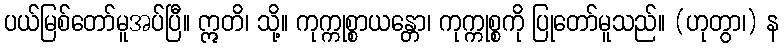
ပယ်မြစ်တော်မူအပ်ပြီ။ ဣတိ၊ သို့။ ကုက္ကုစ္စာယန္တော၊ ကုက္ကုစ္စကို ပြုတော်မူသည်။ (ဟုတွာ၊) န